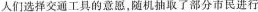
人们选择交通工具的意愿，随机抽取了部分市民进行